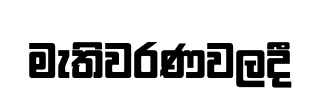
මැතිවරණවලදී